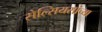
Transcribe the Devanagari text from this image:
सेल्सियसांच्या